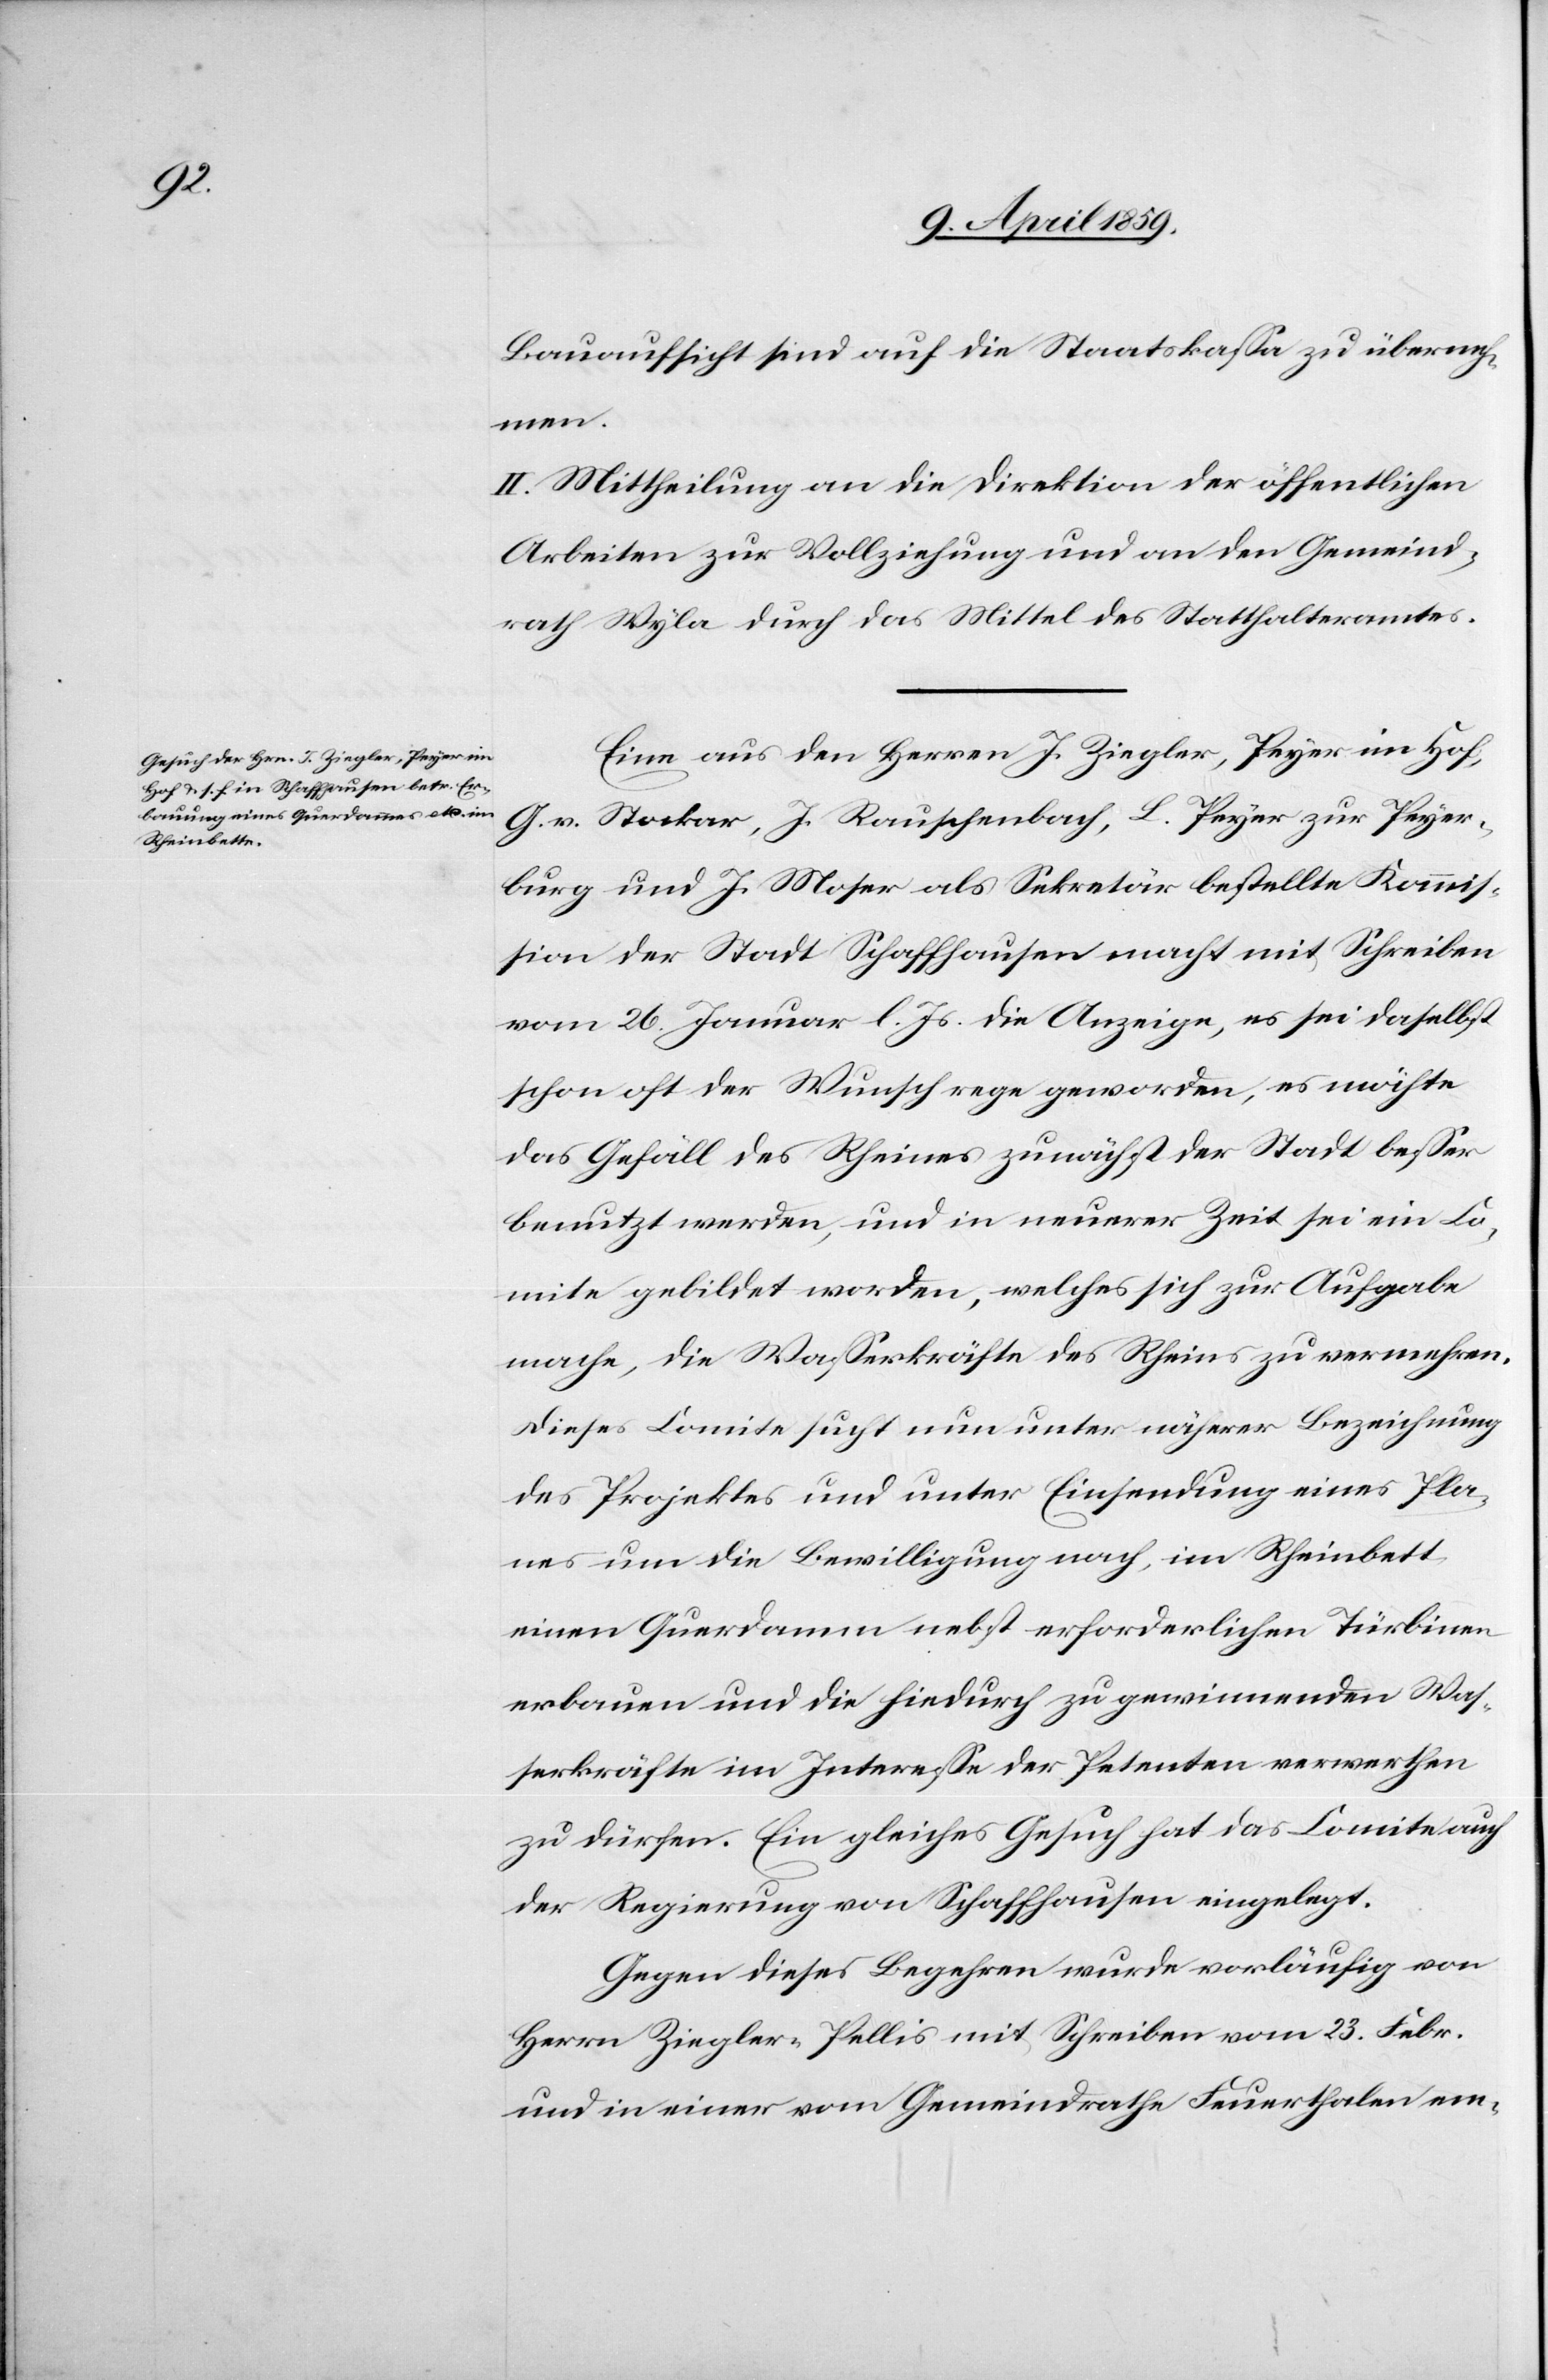
Pla¬

Bauaufsicht sind auf die Staatskaßa zu überneh¬
men.
II. Mittheilung an die Direktion der öffentlichen
Arbeiten zur Vollziehung und an den Gemeind¬
rath Wyla durch das Mittel des Statthalteramtes.
Eine aus den Herren J. Ziegler, Peyer im Hof,
G. v. Stocker, J. Rauschenbach, L. Peyer zur Peyer¬
burg und J. Moser als Sekretär bestellte Kommis¬
sion der Stadt Schaffhausen macht mit Schreiben
vom 26. Januar l. Js. die Anzeige, es sei daselbst
schon oft der Wunsch rege geworden, es möchte
das Gefäll des Rheines zunächst der Stadt beßer
benutzt werden, und in neuerer Zeit sei ein Co¬
mite gebildet worden, welches sich zur Aufgabe
mache, die Waßerkräfte des Rheines zu vermehren.
Dieses Comite sucht nun unter Einsendung eines
nes um die Bewilligung nach, im Rheinbett
einen Querdamm nebst erforderlichen Türbinen
erbauen und die hiedurch zu gewinnenden Was¬
serkräfte im Intereße der Petenten verwerthen
zu dürfen. Ein gleiches Gesuch hat das Comite auch
der Regierung von Schaffhausen eingelegt.
Gegen dieses Begehren wurde vorläufig von
Herrn Ziegler-Pellis mit Schreiben vom 23. Febr.
und in einer vom Gemeindrathe Feuerthalen em-